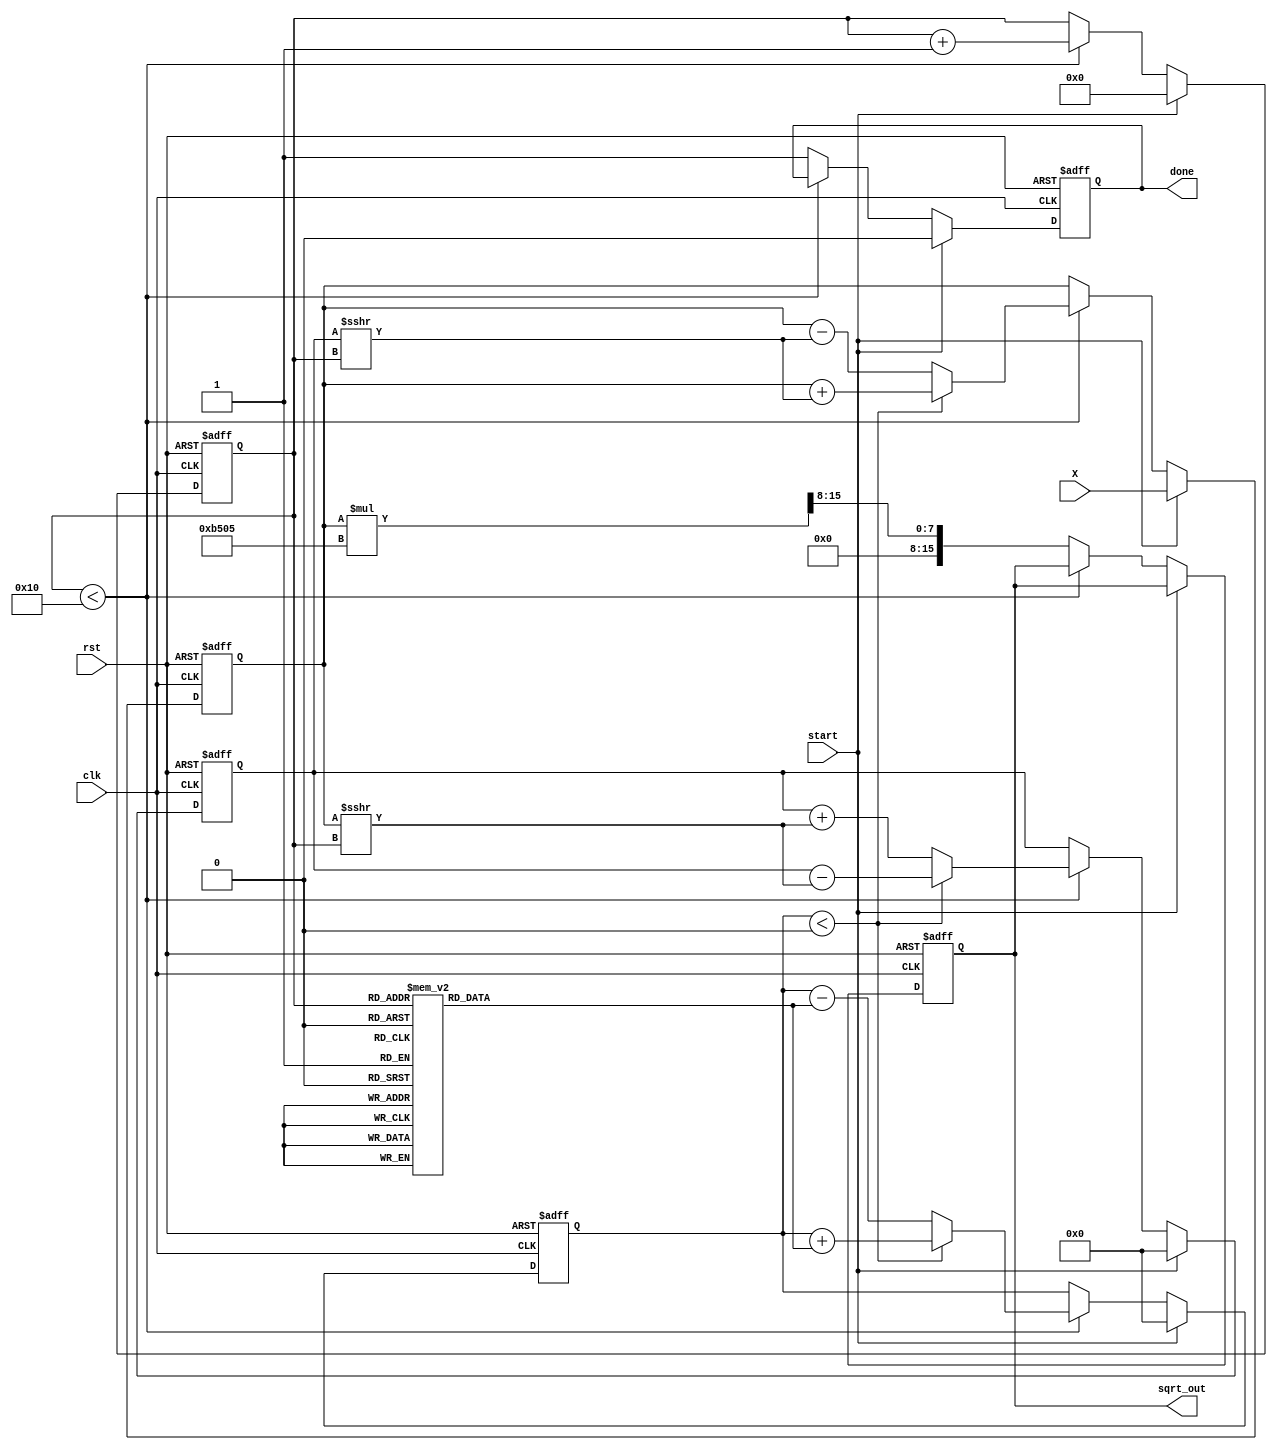
module cordic_sqrt (
    input wire clk,
    input wire rst,
    input wire start,
    input wire [15:0] X, // Fixed-point input
    output reg [15:0] sqrt_out, // Fixed-point output
    output reg done // Status signal
);

    // Parameters
    parameter NUM_ITERATIONS = 16; // Number of CORDIC iterations
    parameter FIXED_POINT_FRACTIONAL_BITS = 8; // Fractional bits in fixed-point representation

    // Internal signals
    reg [15:0] x, y, z; // CORDIC variables
    reg [3:0] iteration; // Iteration counter
    reg [15:0] angle [0:NUM_ITERATIONS-1]; // Predefined angles for CORDIC
    reg [15:0] scaling_factor; // Scaling factor for convergence

    // Initialize angles and scaling factor
    initial begin
        angle[0] = 16'h1C71; // atan(2^-0) in fixed-point
        angle[1] = 16'h0D89; // atan(2^-1)
        angle[2] = 16'h05A8; // atan(2^-2)
        angle[3] = 16'h0282; // atan(2^-3)
        angle[4] = 16'h0141; // atan(2^-4)
        angle[5] = 16'h00A0; // atan(2^-5)
        angle[6] = 16'h0050; // atan(2^-6)
        angle[7] = 16'h0028; // atan(2^-7)
        angle[8] = 16'h0014; // atan(2^-8)
        angle[9] = 16'h000A; // atan(2^-9)
        angle[10] = 16'h0005; // atan(2^-10)
        angle[11] = 16'h0002; // atan(2^-11)
        angle[12] = 16'h0001; // atan(2^-12)
        angle[13] = 16'h0001; // atan(2^-13)
        angle[14] = 16'h0000; // atan(2^-14)
        angle[15] = 16'h0000; // atan(2^-15)
        scaling_factor = 16'hB505; // Scaling factor for convergence (1/sqrt(2))
    end

    // State machine for controlling iterations
    always @(posedge clk or posedge rst) begin
        if (rst) begin
            iteration <= 0;
            x <= 0;
            y <= 0;
            z <= 0;
            sqrt_out <= 0;
            done <= 0;
        end else if (start) begin
            // Initialize for square root calculation
            x <= X; // Input value
            y <= 0; // Initial y value
            z <= 0; // Initial angle
            iteration <= 0;
            done <= 0;
        end else if (iteration < NUM_ITERATIONS) begin
            // CORDIC iterations
            if (z < 0) begin
                // Rotate clockwise
                x <= x + (y >>> iteration);
                y <= y - (x >>> iteration);
                z <= z + angle[iteration];
            end else begin
                // Rotate counter-clockwise
                x <= x - (y >>> iteration);
                y <= y + (x >>> iteration);
                z <= z - angle[iteration];
            end
            iteration <= iteration + 1;
        end else begin
            // Final output calculation
            sqrt_out <= (x * scaling_factor) >>> FIXED_POINT_FRACTIONAL_BITS; // Adjust for scaling
            done <= 1; // Indicate completion
        end
    end

endmodule